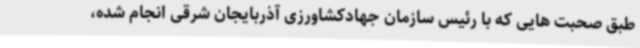
طبق صحبت هایی که با رئیس سازمان جهادکشاورزی آذربایجان شرقی انجام شده،